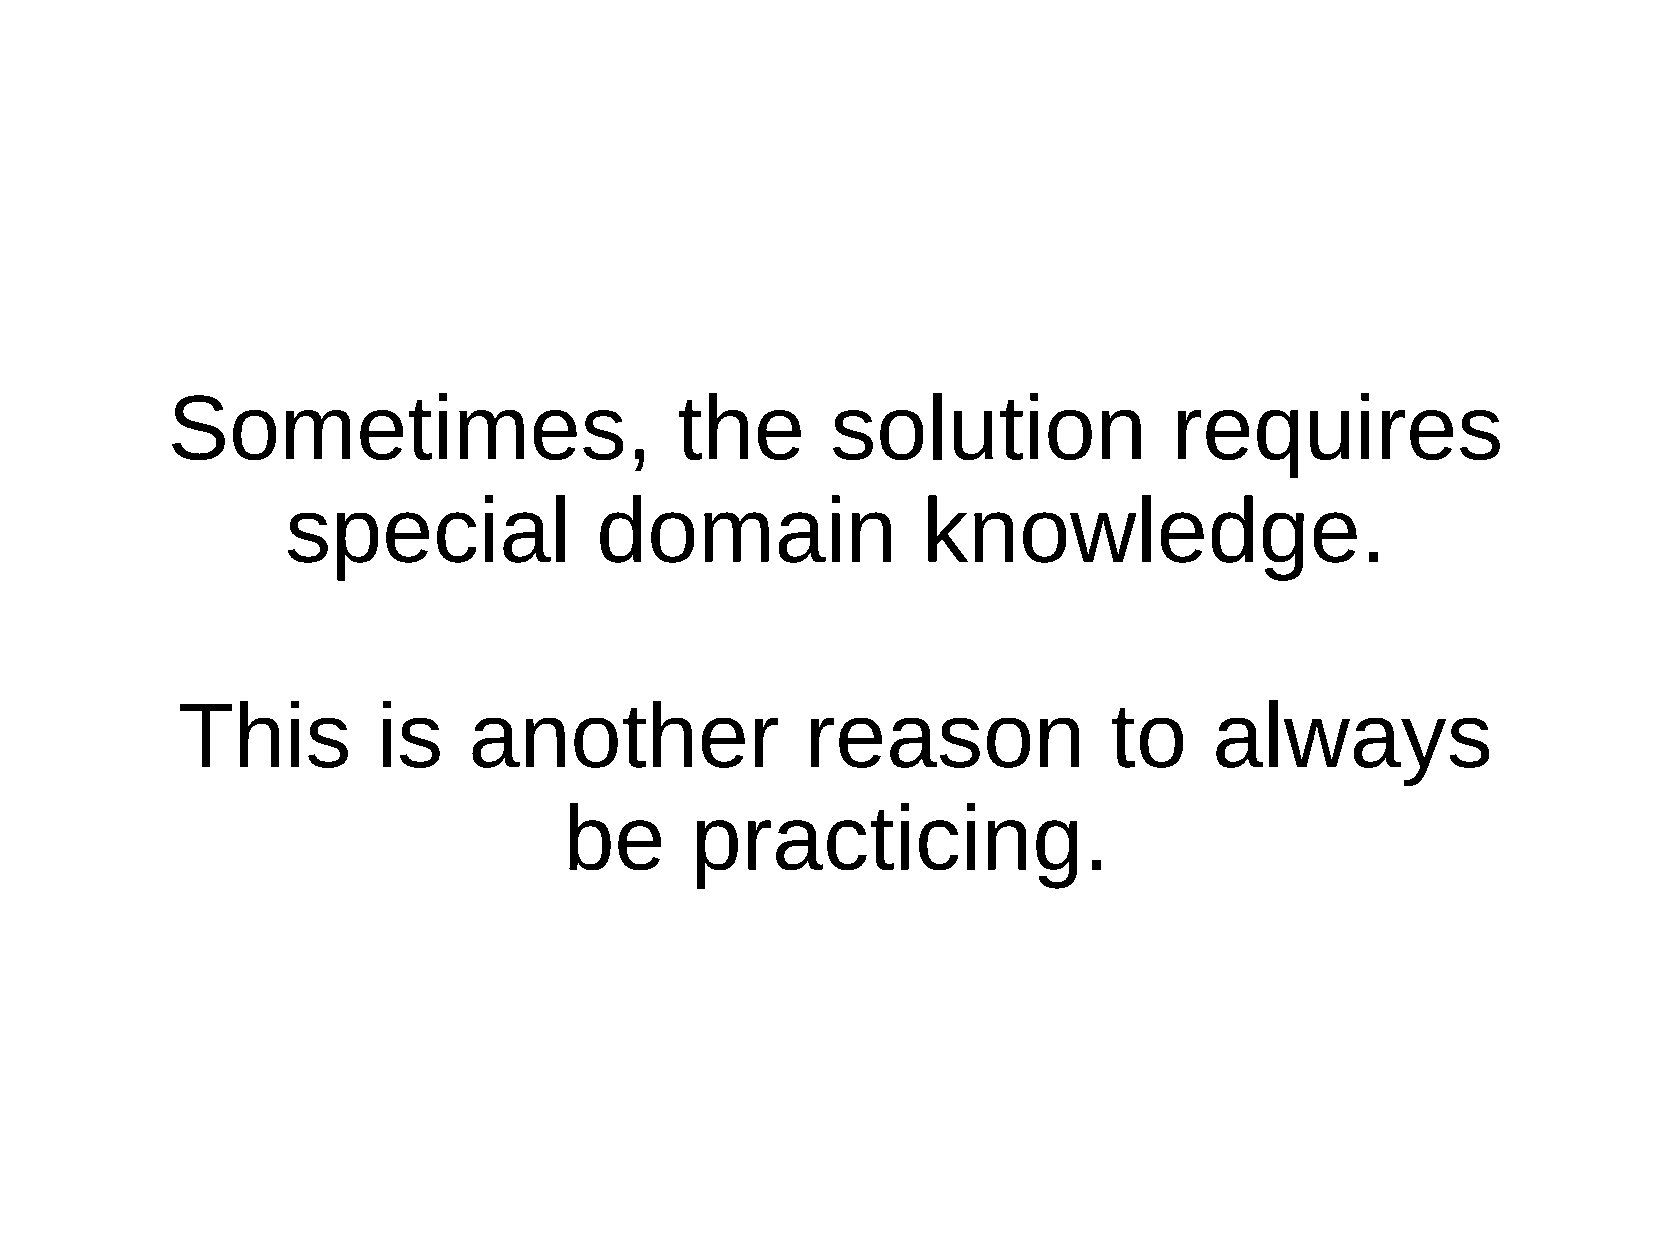
Sometimes,                        the       solution               requires
 special             domain                knowledge.
 This         is    another               reason              to     always
 be       practicing.